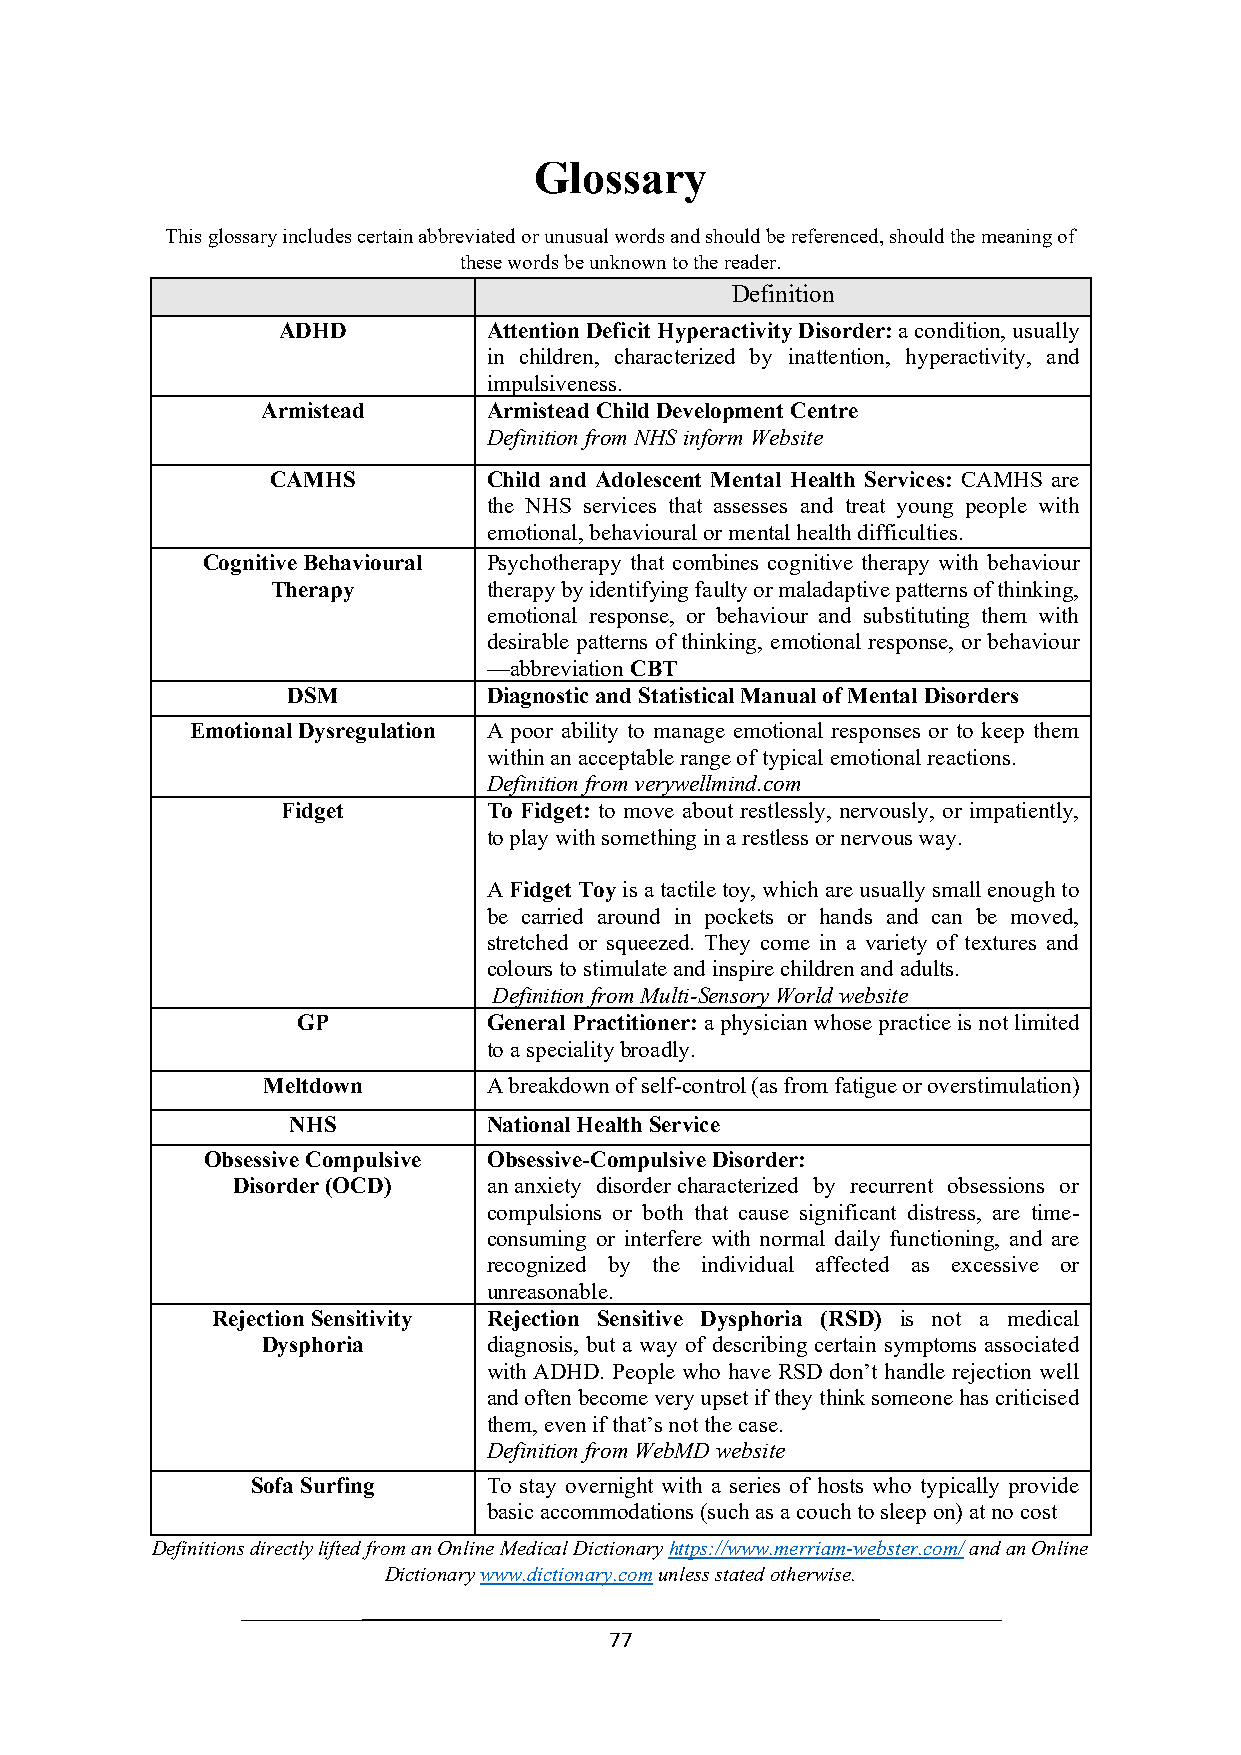
Glossary
 This glossary includes certain abbreviated or unusual words and should be referenced, should the meaning of
 these words be unknown to the reader.
 Definition
 ADHD          Attention Deficit Hyperactivity Disorder: a condition, usually
 in children, characterized by inattention, hyperactivity, and
 impulsiveness.
 Armistead      Armistead Child Development Centre
 Definition from NHS inform Website
 CAMHS         Child and Adolescent Mental Health Services: CAMHS are
 the NHS services that assesses and treat young people with
 emotional, behavioural or mental health difficulties.
 Cognitive Behavioural Psychotherapy that combines cognitive therapy with behaviour
 Therapy       therapy by identifying faulty or maladaptive patterns of thinking,
 emotional response, or behaviour and substituting them with
 desirable patterns of thinking, emotional response, or behaviour
 —abbreviation CBT
 DSM          Diagnostic and Statistical Manual of Mental Disorders
 Emotional Dysregulation A poor ability to manage emotional responses or to keep them
 within an acceptable range of typical emotional reactions.
 Definition from verywellmind.com
 Fidget       To Fidget: to move about restlessly, nervously, or impatiently,
 to play with something in a restless or nervous way.
 A Fidget Toy is a tactile toy, which are usually small enough to
 be carried around in pockets or hands and can be moved,
 stretched or squeezed. They come in a variety of textures and
 colours to stimulate and inspire children and adults.
 Definition from Multi-Sensory World website
 GP          General Practitioner: a physician whose practice is not limited
 to a speciality broadly.
 Meltdown       A breakdown of self-control (as from fatigue or overstimulation)
 NHS          National Health Service
 Obsessive Compulsive Obsessive-Compulsive Disorder:
 Disorder (OCD)   an anxiety disorder characterized by recurrent obsessions or
 compulsions or both that cause significant distress, are time-
 consuming or interfere with normal daily functioning, and are
 recognized by the individual affected as excessive or
 unreasonable.
 Rejection Sensitivity Rejection Sensitive Dysphoria (RSD) is not a medical
 Dysphoria      diagnosis, but a way of describing certain symptoms associated
 with ADHD. People who have RSD don’t handle rejection well
 and often become very upset if they think someone has criticised
 them, even if that’s not the case.
 Definition from WebMD website
 Sofa Surfing   To stay overnight with a series of hosts who typically provide
 basic accommodations (such as a couch to sleep on) at no cost
 Definitions directly lifted from an Online Medical Dictionary https://www.merriam-webster.com/ and an Online
 Dictionary www.dictionary.com unless stated otherwise.
 77